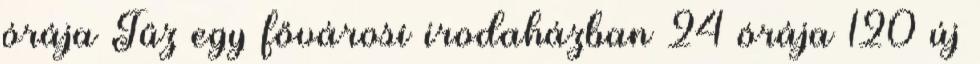
órája Tűz egy fővárosi irodaházban 24 órája 120 új